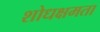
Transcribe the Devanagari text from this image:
शोधक्षमता